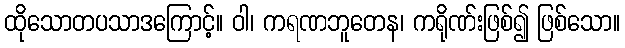
ထိုသောတပသာဒကြောင့်။ ဝါ၊ ကရဏဘူတေန၊ ကရိုဏ်းဖြစ်၍ ဖြစ်သော။